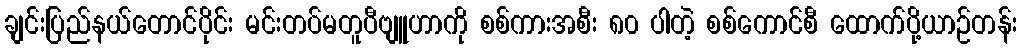
ချင်းပြည်နယ်တောင်ပိုင်း မင်းတပ်မတူပီဗျူဟာကို စစ်ကားအစီး ၈၀ ပါတဲ့ စစ်ကောင်စီ ထောက်ပို့ယာဉ်တန်း